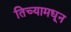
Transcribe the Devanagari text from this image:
तिच्यामधून